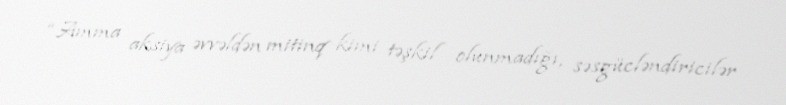
“Amma aksiya əvvəldən mitinq kimi təşkil olunmadığı, səsgücləndiricilər